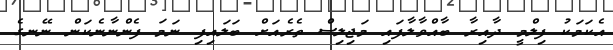
އެކަމަކު ފިލްމީ ދާއިރާ ބާއްވާލާފައި މަޖިލިސް ތެރެއަށް ބަލައިފި ނަމަ ފެންނާނެކަން ނޭނގެ